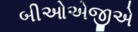
બીઓએજીએ